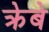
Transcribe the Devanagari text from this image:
क्रेबे